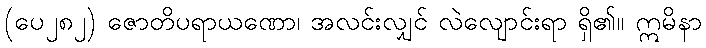
(ပေ၂၈၂) ဇောတိပရာယဏော၊ အလင်းလျှင် လဲလျောင်းရာ ရှိ၏။ ဣမိနာ